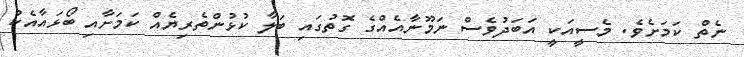
ނެތް ކަމަށެވެ. މެސީއަކީ އަބަދުވެސް ނަމޫނާއެއްގެ ގޮތުގައި ބަލާ ކުޅުންތެރިޔެއް ކަމަށާއި ބޯޅައާއެކު